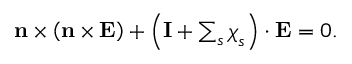
\begin{array} { r } { \mathbf { n } \times \left( \mathbf { n } \times \mathbf { E } \right) + \left( \mathbf { I } + \sum _ { s } \boldsymbol { \chi } _ { s } \right) \cdot \mathbf { E } = 0 . } \end{array}